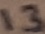
Text: 13